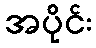
အပိုင်း